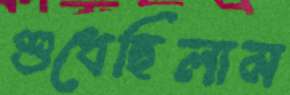
শুধেছিলাম